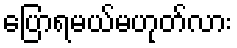
ပြောရမယ်မဟုတ်လား